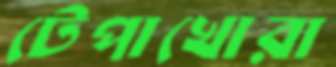
টেপাখোরা